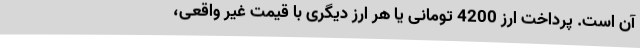
آن است. پرداخت ارز 4200 تومانی یا هر ارز دیگری با قیمت غیر واقعی،